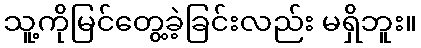
သူ့ကိုမြင်တွေ့ခဲ့ခြင်းလည်း မရှိဘူး။